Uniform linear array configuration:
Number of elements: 64
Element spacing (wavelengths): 1
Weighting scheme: exponential
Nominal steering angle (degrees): -45
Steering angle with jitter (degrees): -44.505
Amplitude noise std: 0.05
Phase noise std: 0.05

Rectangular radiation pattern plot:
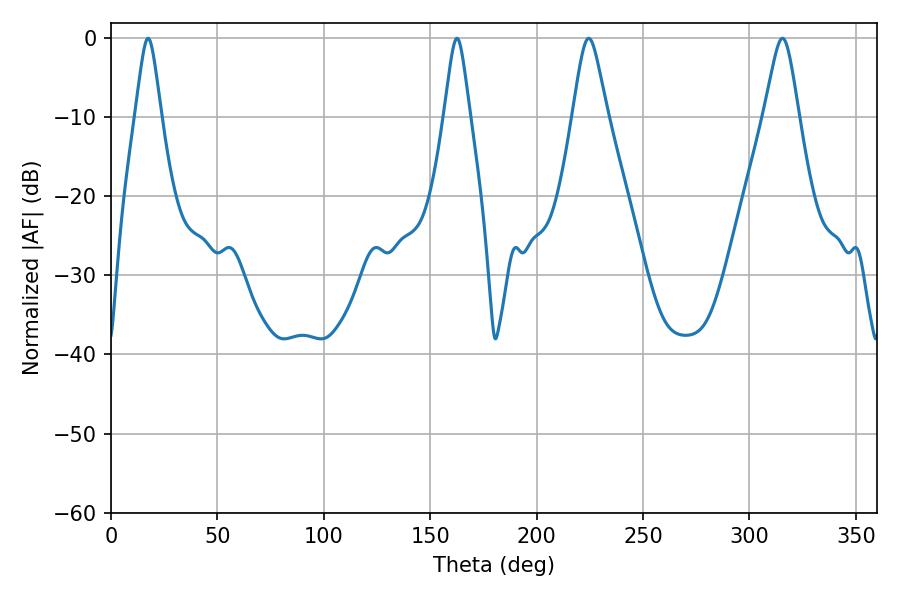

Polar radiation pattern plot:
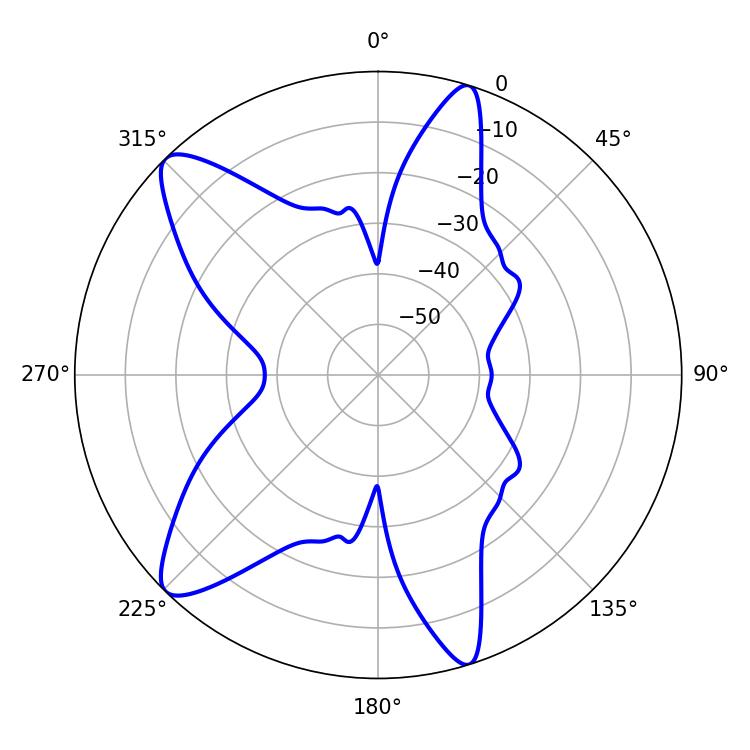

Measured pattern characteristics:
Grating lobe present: TRUE
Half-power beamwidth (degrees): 7.92
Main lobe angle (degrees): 224.46